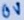
Text: 0V